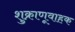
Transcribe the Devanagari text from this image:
शुक्राणूवाहक